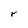
Character: r